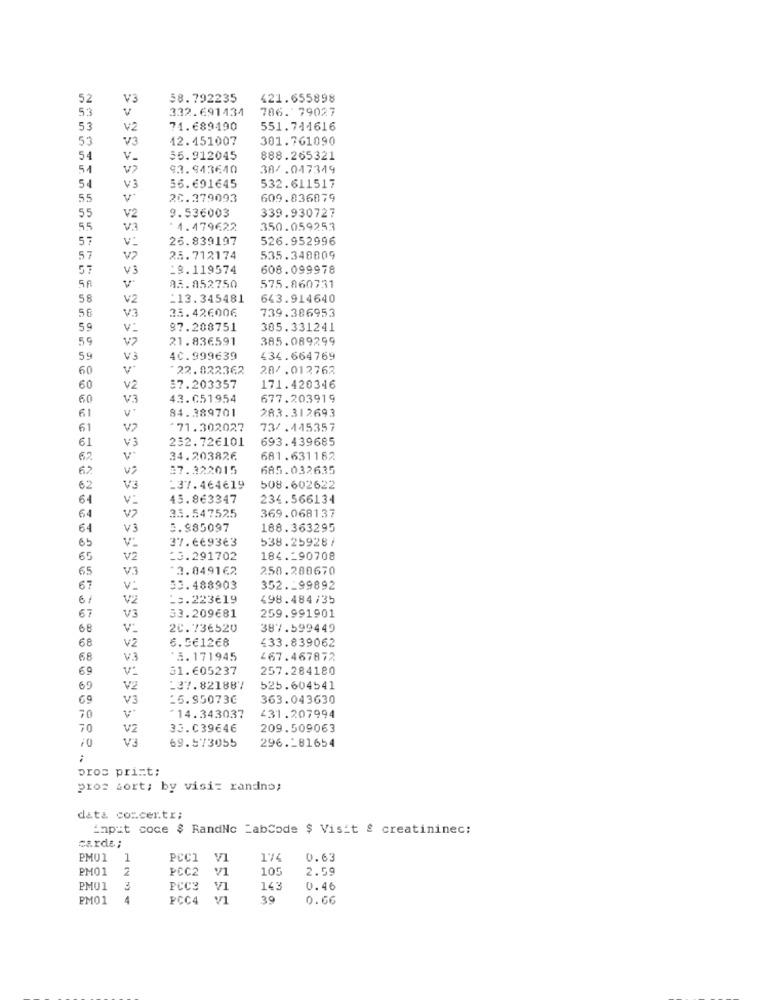
52
V3
58.792235
421.655898
53
V
332.691434
786. 79027
53
V2
71.689490
551.741616
53
V3
12.451007
301.761090
54
v_
55.912045
888.265321
54
v>
93.943640
38/.047349
532.611517
54
V3
56.691645
55
20.379093
609.836879
55
9.536003
339.930727
V2
55
V3
*4.479622
350.059253
57
v:
26.839197
526.952996
57
V2
25.712174
535.340009
57
V3
18.119574
608.099978
5R
93.852750
575.860731
58
V2
113.345481
643.914640
56
V.3
35.426006
739.386953
59
v:
97.208751
305.331241
59
V7
21.836591
385.089299
59
V3
4C.999639
434.664769
60
22.822362
28/.012762
60
V2
57.203357
171.420346
60
V3
43.051954
677.203919
84.389701
283.312693
61
61
V7
71.302027
73/.445357
61
252.72€101
693.439685
V3
62
v-
34.203826
681.631162
62
37.322015
685.032635
62
V3
-37.464619
508.602622
64
45.863347
234.566134
369.068137
64
V>
33.547525
64
V3
5.$85097
188.363295
V:
37.669363
538.259287
65
65
V2
23.291702
184 .- 90708
65
V3
*3.8491€2
258.200670
67
V:
33.488903
352 .- 99892
V2
13.223619
198.484/35
53.209681
67
V3
259.991901
68
V:
2C.736520
387.599449
68
V2
6.561268
£33.839062
68
V.3
*5.171945
467.467872
69
V:
51.605237
257.284180
69
V2
137.821887
525.604541
69
V3
25.950730
363.043630
70
v*
*14.343037
431.207994
70
V2
33.039646
209.509063
69.573055
296.181654
:
pros print:
pros tort; by visit randno;
data concertr;
inpit coce $ RandNc LabCode $ Visit & creatininec:
cards;
PMU1
1
PCCI
VI
1'14
0.63
PM01
2
PCC2
V/1
105
2.59
PM01
FCC3
V1
143
0.46
PM01
4
PCC4
39
0.66